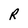
Character: R